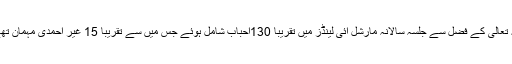
اللہ تعالیٰ کے فضل سے جلسہ سالانہ مارشل آئی لینڈز میں تقریباً 130احباب شامل ہوئے جس میں سے تقریباً 15 غیر احمدی مہمان تھے۔